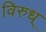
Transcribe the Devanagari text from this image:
विरुध्